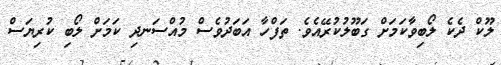
ލޫކް ދެކެ ލޯބިވާކަމަށް ގަބޫލުކުރޭއެވެ. ތަފްހާ އަބަދުވެސް މުއްސަނދި ކަމަށް ލޯބި ކުރިޔަސް